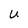
Character: r